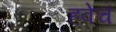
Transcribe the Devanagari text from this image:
हवेचं